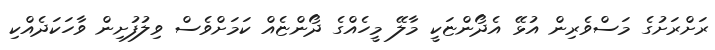
ރަށްރަށުގެ މަސްވެރިން އުޅޭ އެދޯންޏަކީ މާލޭ މީހެއްގެ ދޯންޏެއް ކަމަށްވެސް ވިލުފުށިން ވާހަކަދެއްކި